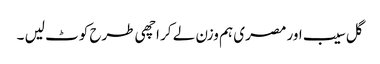
گل سیب اور مصری ہم وزن لے کر اچھی طرح کوٹ لیں ۔